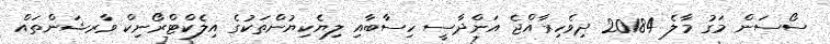
ސޯސަން މަގު މާލެ 20184 ދިވެހިރާއްޖެ އަންދާސީ ހިސާބާއި ލިޔެކިޔުންތަކުގެ އިލެކްޓްރޯނިކް ވާރޝަންތައް